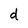
Character: d